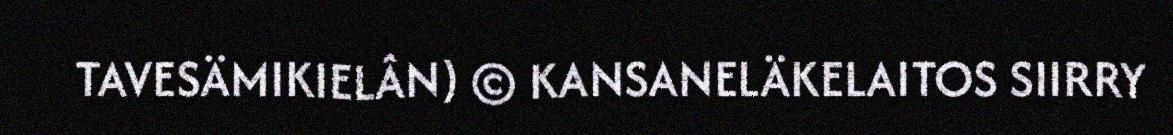
TAVESÄMIKIELÂN) © KANSANELÄKELAITOS SIIRRY